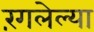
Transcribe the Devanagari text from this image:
रंगलेल्या